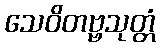
သေဝိတဗ္ဗသုတ္တံ